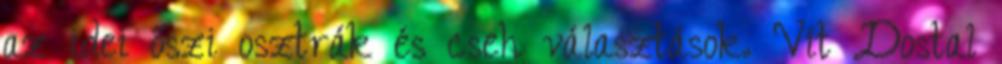
az idei őszi osztrák és cseh választások. Vít Dostal